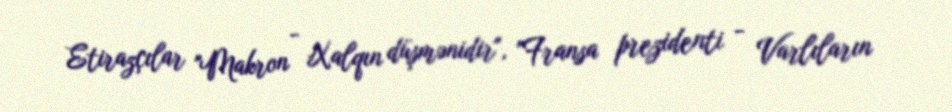
Etirazçılar "Makron - Xalqın düşmənidir", "Fransa prezidenti - Varlıların